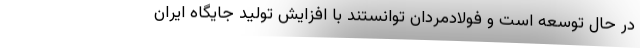
در حال توسعه است و فولادمردان توانستند با افزایش تولید جایگاه ایران